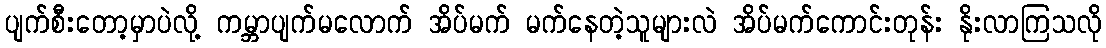
ပျက်စီးတော့မှာပဲလို့ ကမ္ဘာပျက်မလောက် အိပ်မက် မက်နေတဲ့သူများလဲ အိပ်မက်ကောင်းတုန်း နိုးလာကြသလို